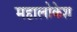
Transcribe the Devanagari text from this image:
महालोकेश